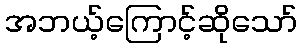
အဘယ့်ကြောင့်ဆိုသော်